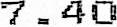
7.40